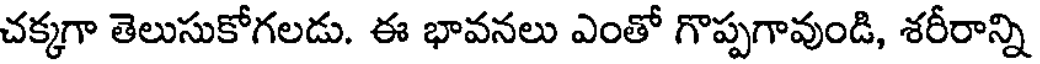
చక్కగా తెలుసుకోగలడు. ఈ భావనలు ఎంతో గొప్పగావుండి, శరీరాన్ని